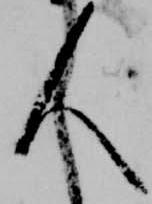
人